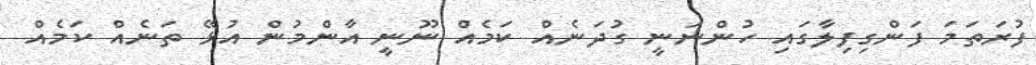
ފުރަތަމަ ފަންގިފިލާގައި ހުންނަނީ ގުދަނެއް ކަމެއް ނޫނީ އާންމުން އުޅޭ ތަނެއް ކަމެއް